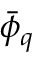
\bar { \phi } _ { q }